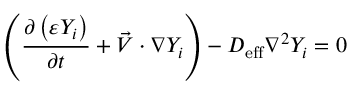
\left( \frac { \partial \left( \varepsilon Y _ { i } \right) } { \partial t } + \vec { V } \cdot \nabla Y _ { i } \right) - D _ { \mathrm { { e f f } } } \nabla ^ { 2 } Y _ { i } = 0